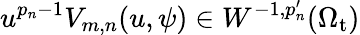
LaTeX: u^{p_{n}-1}V_{m,n}(u,\psi)\in W^{-1,p_{n}^{\prime}}(\Omega_{\mathrm{t}})